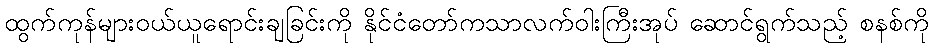
ထွက်ကုန်များဝယ်ယူရောင်းချခြင်းကို နိုင်ငံတော်ကသာလက်ဝါးကြီးအုပ် ဆောင်ရွက်သည့် စနစ်ကို